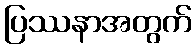
ပြဿနာအတွက်